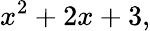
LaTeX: x^{2}+2x+3,